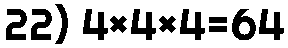
22) 4×4×4=64